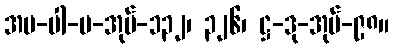
အပ-ပါ-ပ-အုပ်-၁၃၂၊ ၃၂၆၊ ဋ္ဌ-ဒု-အုပ်-၉၈။